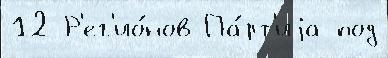
12 Р'ег'ио́нов Па́рт'иjа под